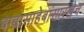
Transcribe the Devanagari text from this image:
बाबासाहेबांसारखेच